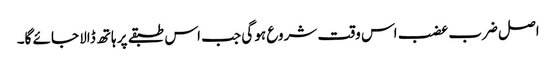
اصل ضرب عضب اس وقت شروع ہو گی جب اس طبقے پر ہاتھ ڈالا جائے گا۔